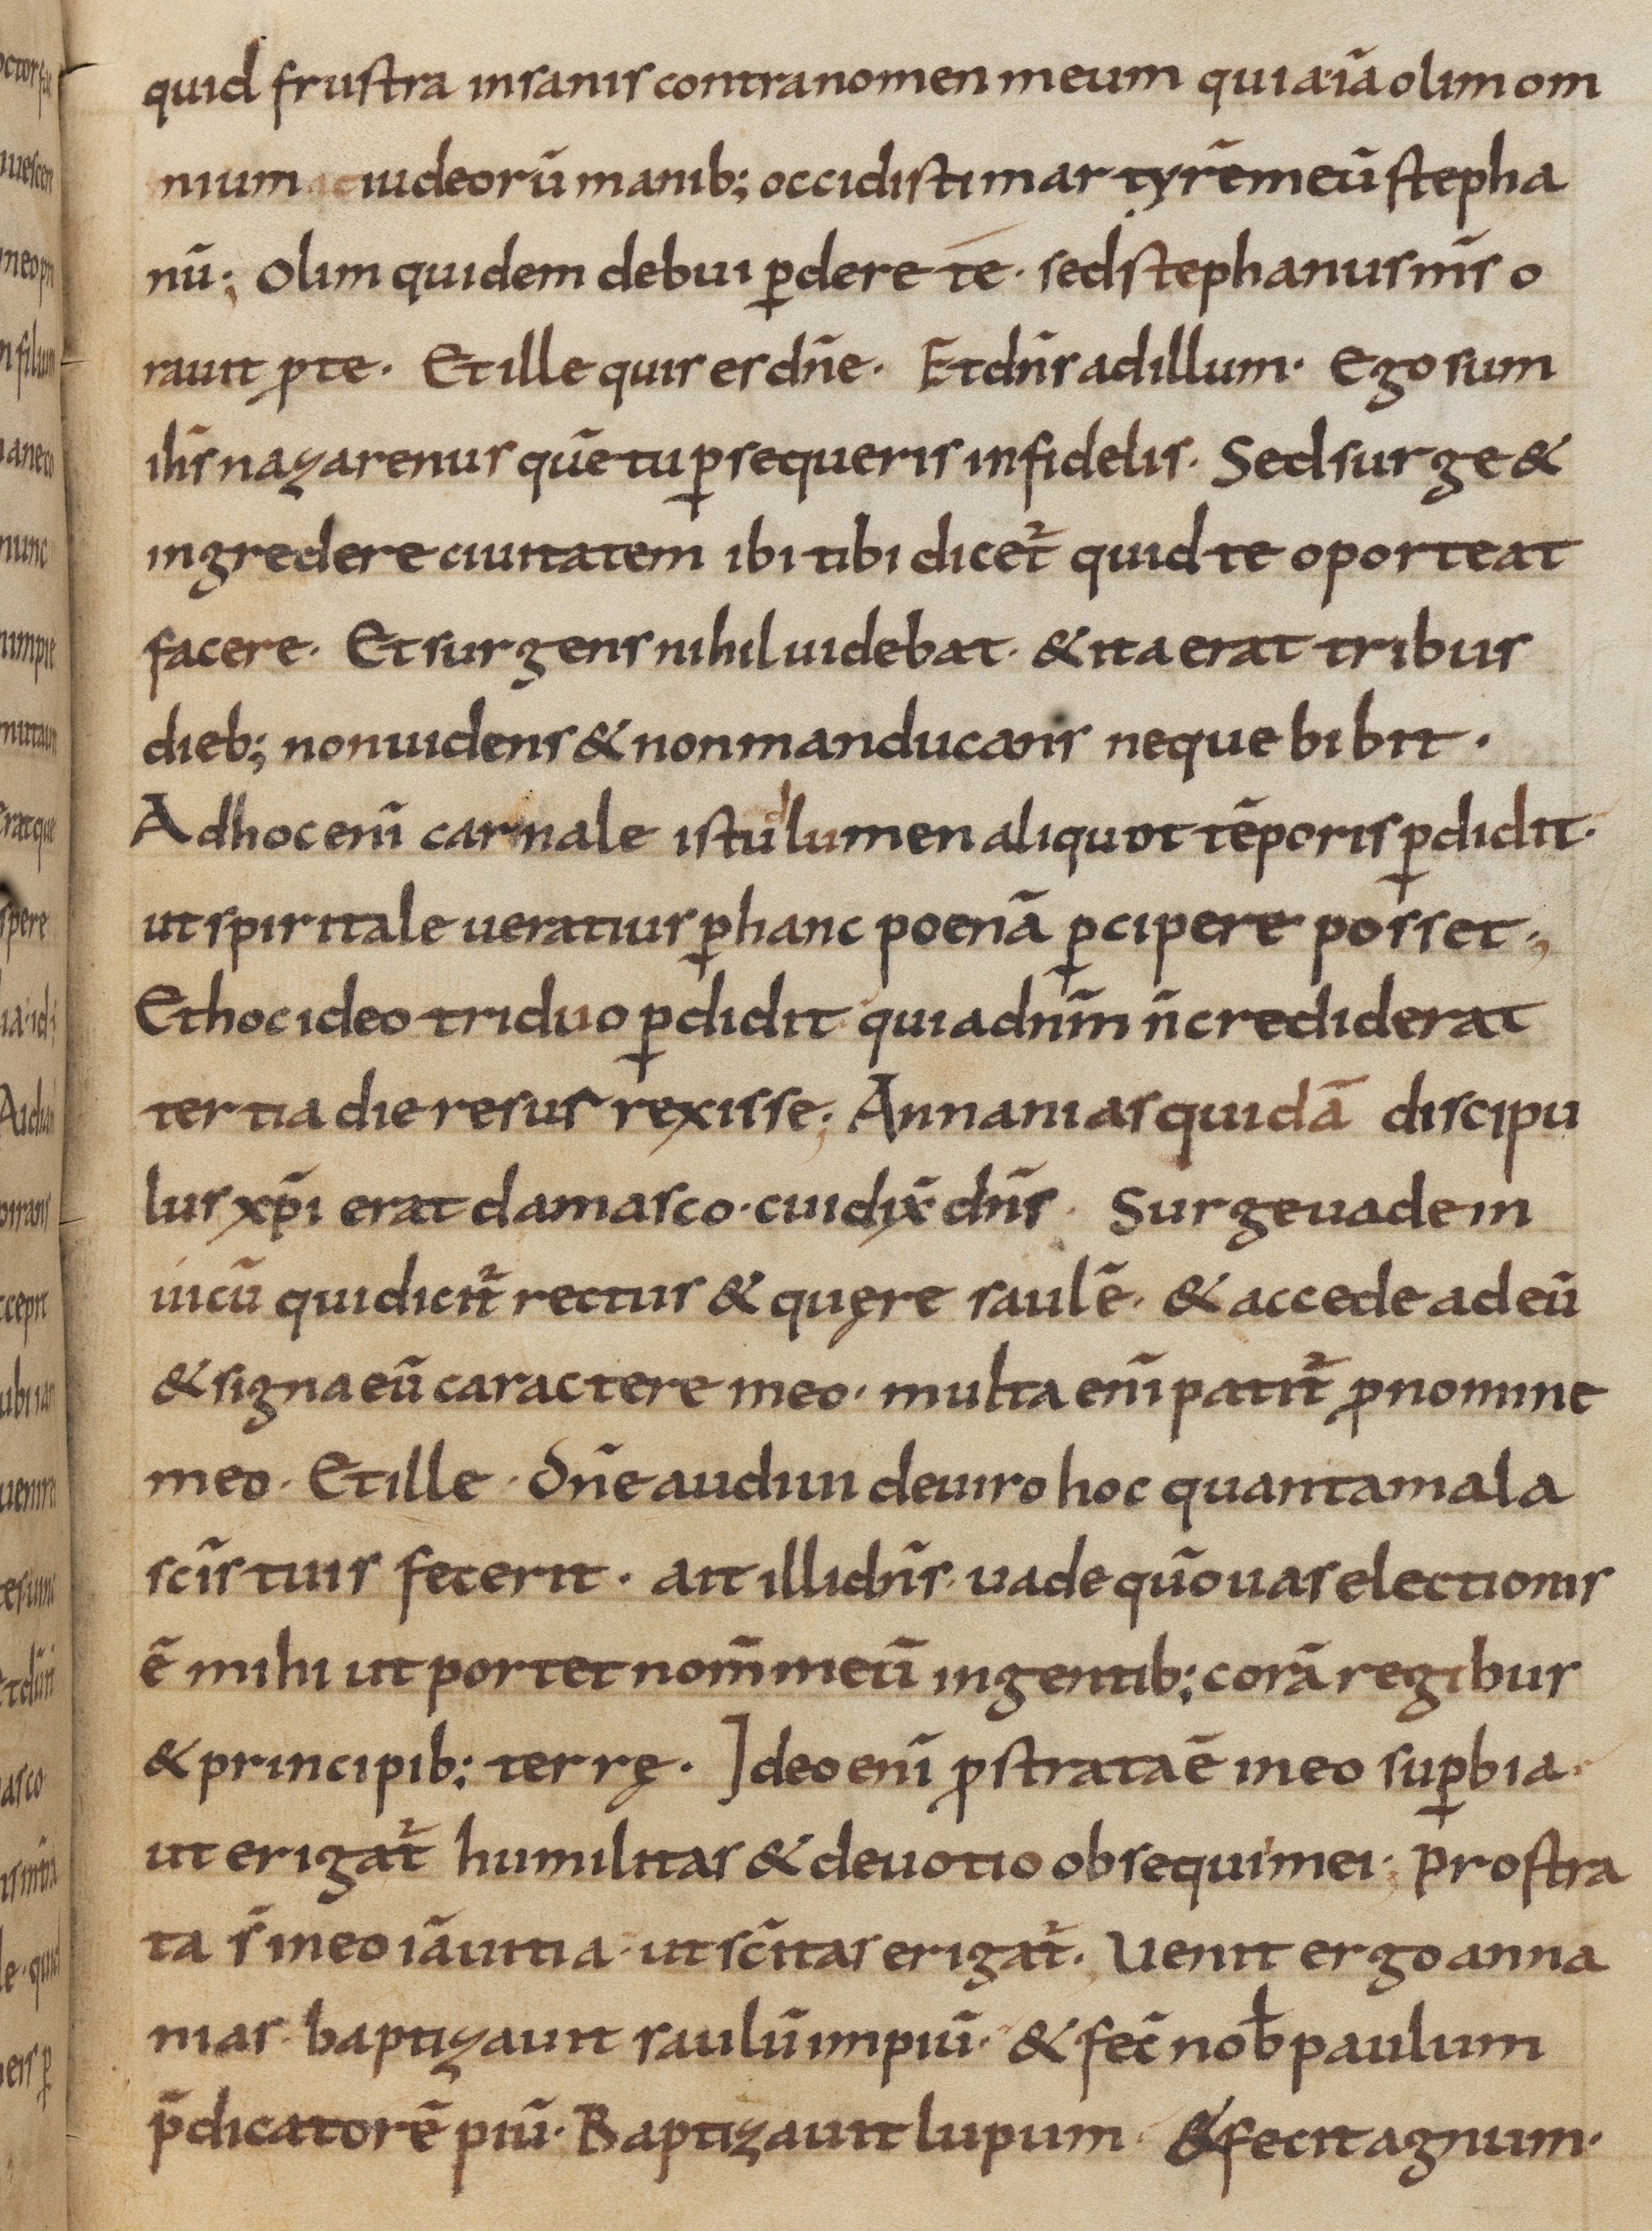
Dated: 800–899